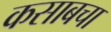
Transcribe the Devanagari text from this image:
कसाबचा